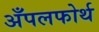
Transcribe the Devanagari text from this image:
अँपलफोर्थ